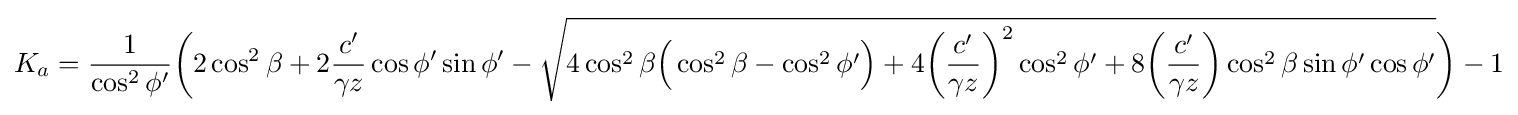
K_{a}={\frac {1}{\cos ^{2}\phi '}}{\biggl (}2\cos ^{2}\beta +2{\frac {c'}{\gamma z}}\cos \phi '\sin \phi '-{\sqrt {4\cos ^{2}\beta {\Bigl (}\cos ^{2}\beta -\cos ^{2}\phi '{\Bigr )}+4{\biggl (}{\frac {c'}{\gamma z}}{\biggl )}^{2}\cos ^{2}\phi '+8{\biggl (}{\frac {c'}{\gamma z}}{\biggl )}\cos ^{2}\beta \sin \phi '\cos \phi '}}{\biggl )}-1